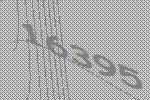
16395